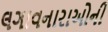
લગાવનારાઓની